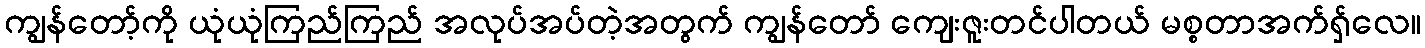
ကျွန်တော့်ကို ယုံယုံကြည်ကြည် အလုပ်အပ်တဲ့အတွက် ကျွန်တော် ကျေးဇူးတင်ပါတယ် မစ္စတာအက်ရှ်လေ။